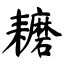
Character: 耱